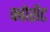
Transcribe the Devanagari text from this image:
क्वोशेंट